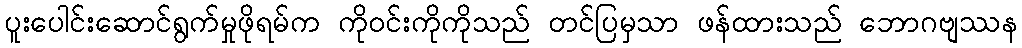
ပူးပေါင်းဆောင်ရွက်မှုဖိုရမ်က ကိုဝင်းကိုကိုသည် တင်ပြမှသာ ဖန်ထားသည် ဘောဂဗျဿန